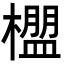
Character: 𬄳